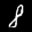
Label: 8